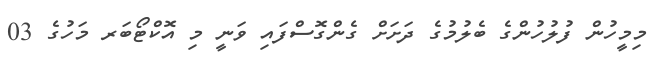
މިމީހުން ފުލުހުންގެ ބެލުމުގެ ދަށަށް ގެންގޮސްފައި ވަނީ މި އޮކްޓޯބަރ މަހުގެ 03